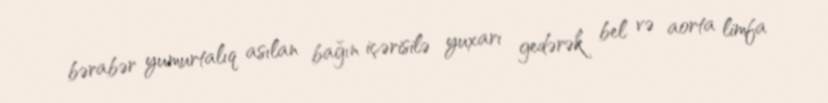
bərabər yumurtalıq asılan bağın içərisilə yuxarı gedərək bel və aorta limfa